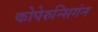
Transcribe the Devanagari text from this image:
कोपेरुन्सिगंन